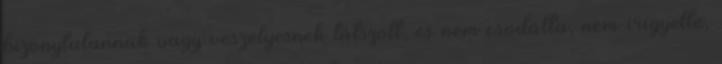
bizonytalannak vagy veszélyesnek látszott, és nem csodálta, nem irigyelte,